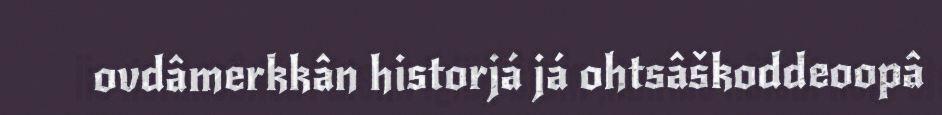
ovdâmerkkân historjá já ohtsâškoddeoopâ